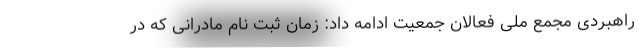
راهبردی مجمع ملی فعالان جمعیت ادامه داد: زمان ثبت نام مادرانی که در